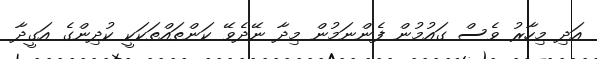
އަދި މިހާރު ވެސް ގައުމުން ފެންނަމުން މިދާ ނޭދެވޭ ކަންތައްތަކަކީ ކުދިންގެ އަގީދާ